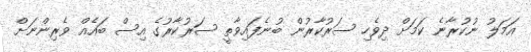
އަމަލު ނުކުރާނެ ކަމަށް ދިވެހި ސަރުކާރުން ބުނެފައިވާތީ ސަރުކާރުގެ އިސް ބައެއް ވެރިންނަށް